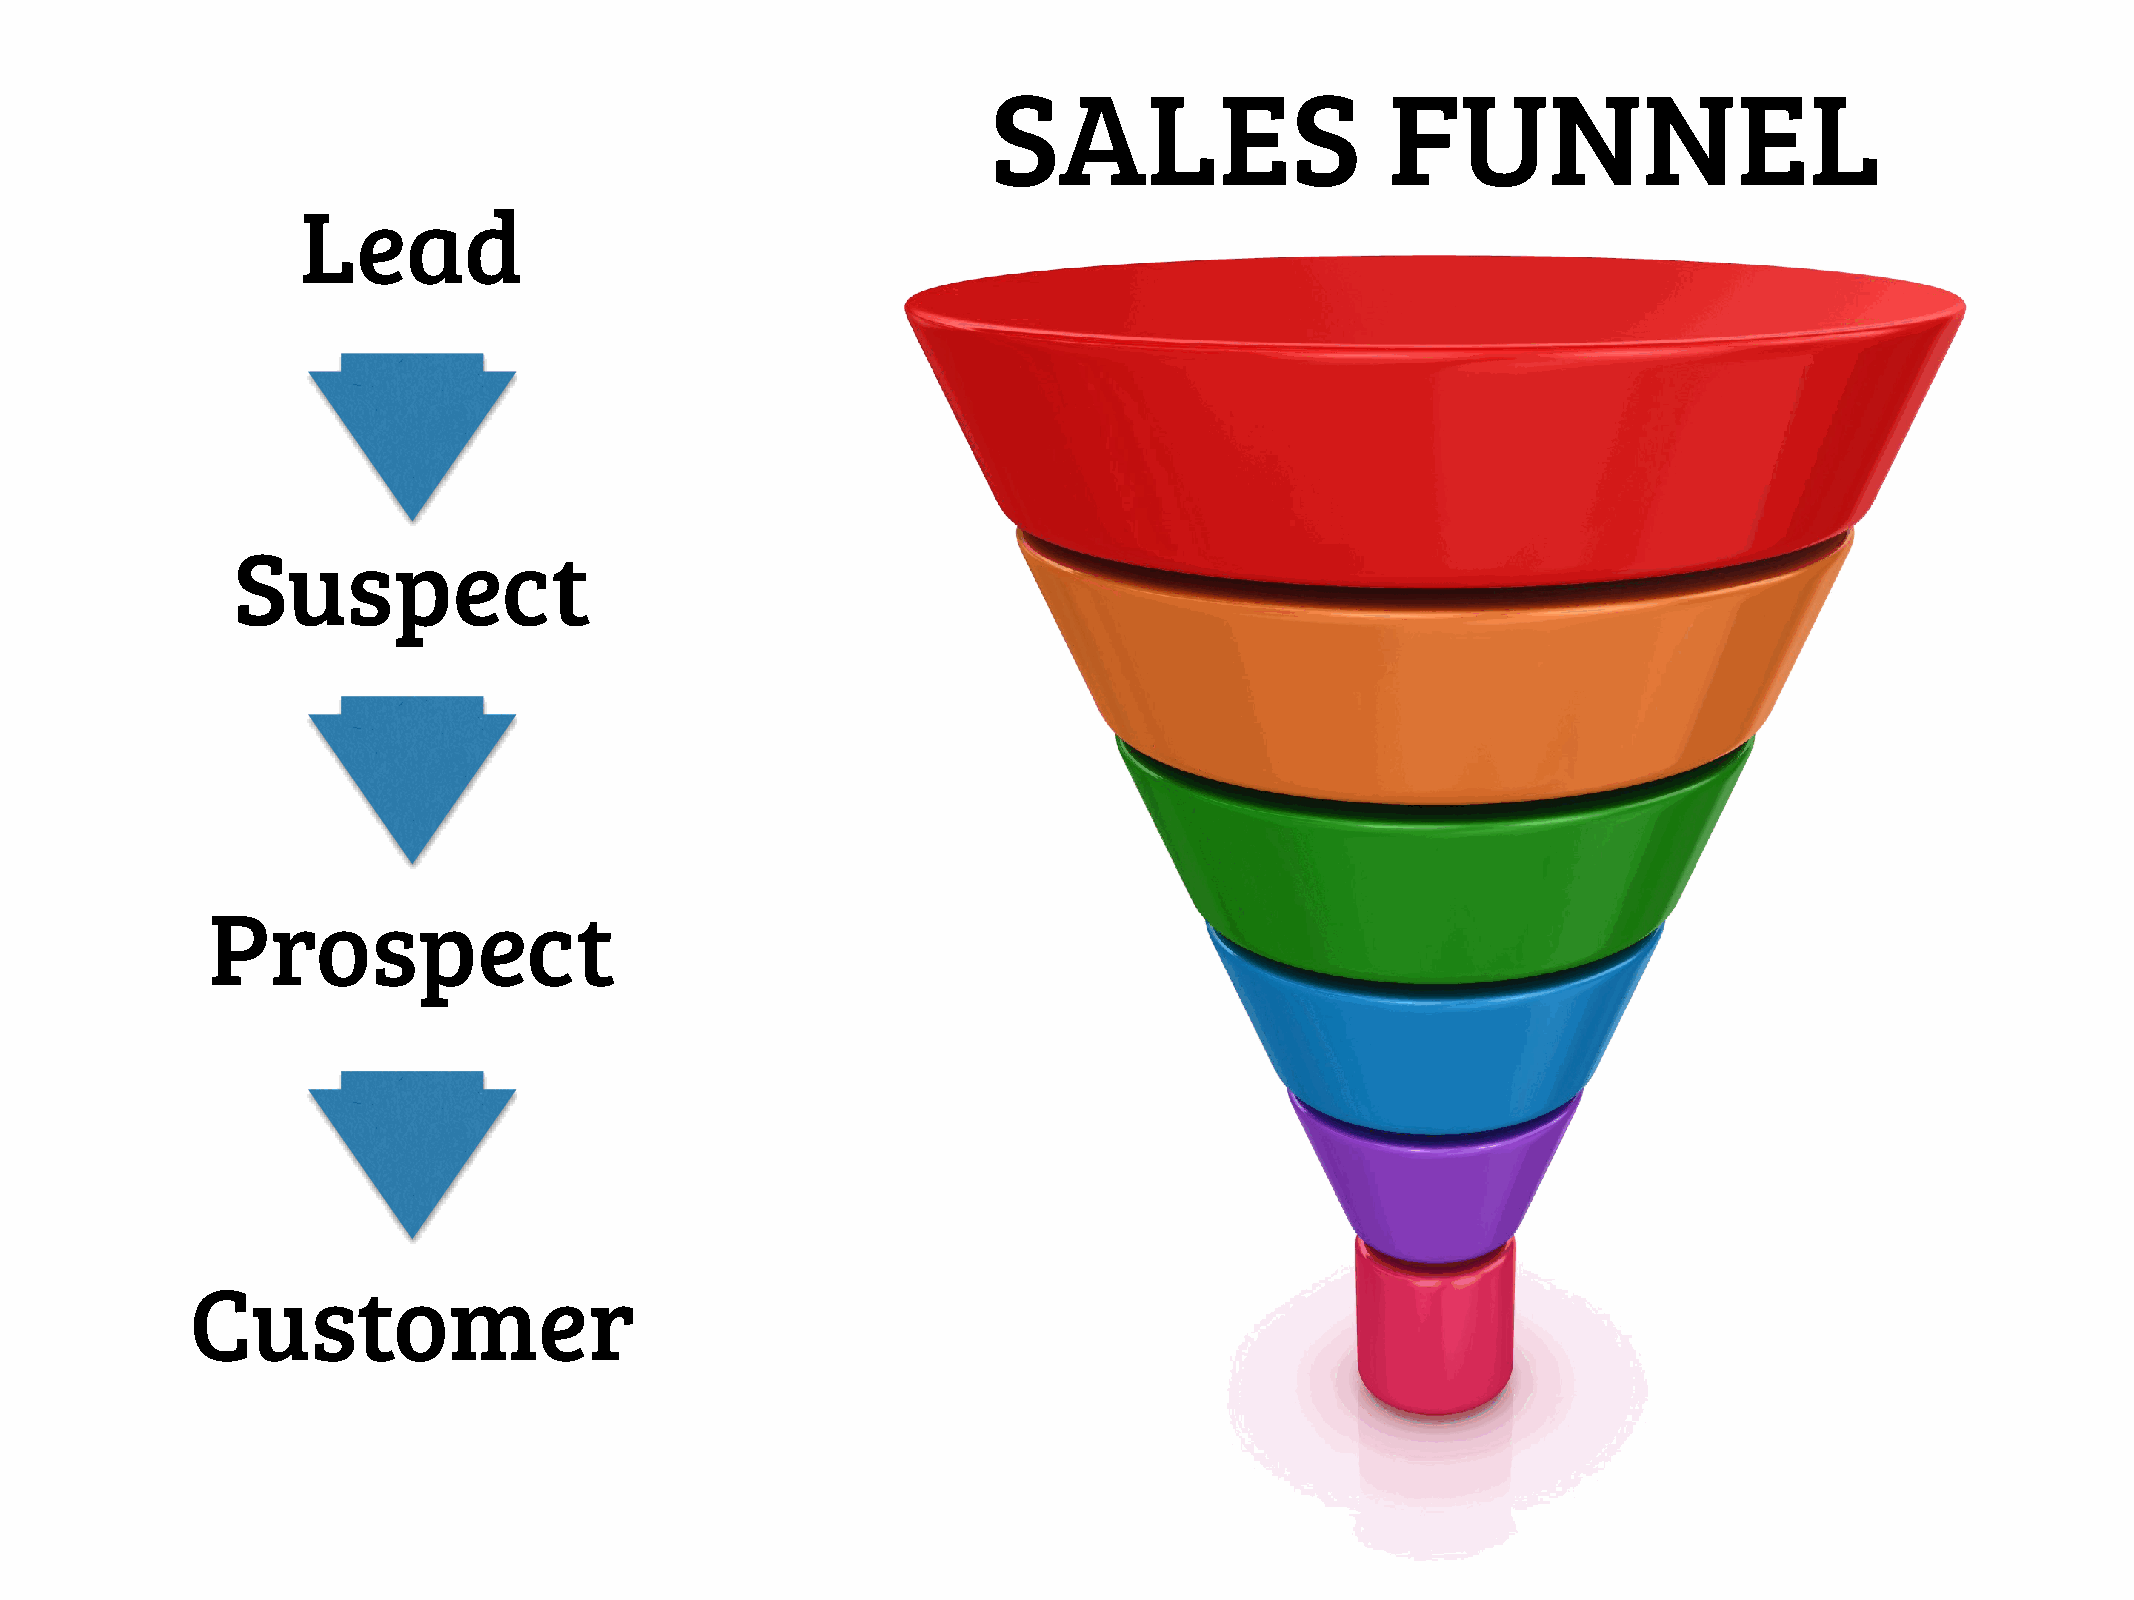
SALES                     FUNNEL
 Lead
 Suspect
 Prospect
 Customer